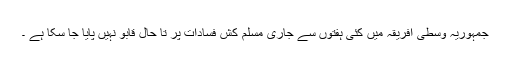
جمہوریہ وسطی افریقہ میں کئی ہفتوں سے جاری مسلم کش فسادات پر تا حال قابو نہیں پایا جا سکا ہے ۔